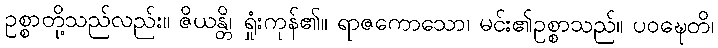
ဥစ္စာတို့သည်လည်း။ ဇိယန္တိ၊ ရှုံးကုန်၏။ ရာဇကောသော၊ မင်း၏ဥစ္စာသည်။ ပဝဍ္ဎေတိ၊